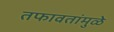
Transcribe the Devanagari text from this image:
तफावतांमुळे